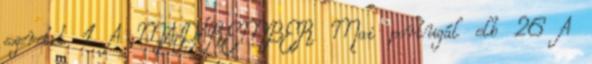
szeretet 1 A MADÁREMBER Mai portugál elb 26 A